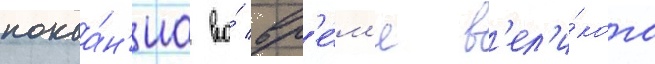
покаа́н'иа во́ вр'е́м'я в'ел'и́кого